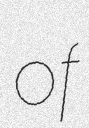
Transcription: of